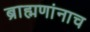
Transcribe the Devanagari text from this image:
ब्राह्मणांनाच